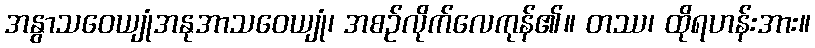
အနွာသဝေယျုံအနုအာသဝေယျုံ၊ အစဉ်လိုက်လေကုန်၏။ တဿ၊ ထိုရဟန်းအား။